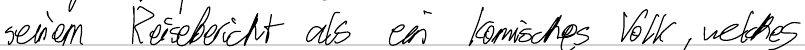
seinem Reisebericht als ein komisches Volk, welches